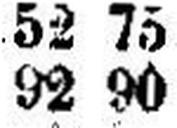
92 90